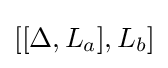
[[\Delta ,L_{a}],L_{b}]